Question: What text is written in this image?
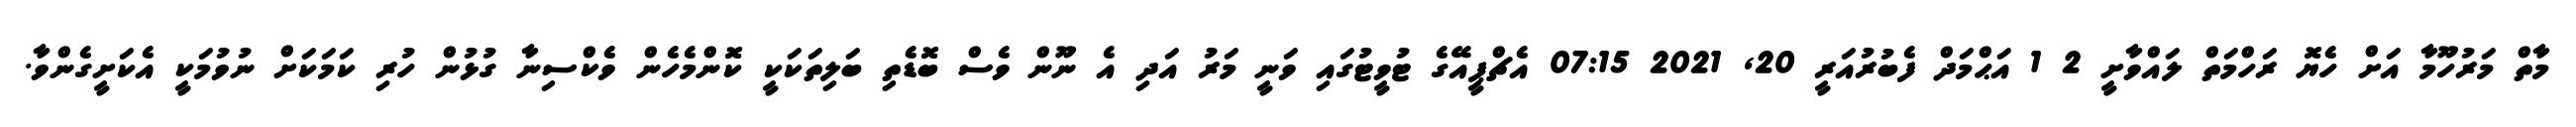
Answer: މާތް މަރުހޫމާ އަށް ހެޔޮ ރަހްމަތް ލައްވާށީ 2 1 އަޙްމަދް ފެބުރުއަރީ 20, 2021 07:15 އެޗްޕީއޭގެ ޓުވީޓުގައި ވަނީ މަރު އަދި އެ ނޫން ވެސް ބޮޑެތި ބަލިތަކަކީ ކޮންމެހެން ވެކްސިނާ ގުޅުން ހުރި ކަމަކަށް ނުވުމަކީ އެކަށީގެންވާ.